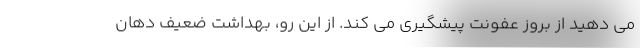
می دهید از بروز عفونت پیشگیری می کند. از این رو، بهداشت ضعیف دهان